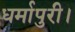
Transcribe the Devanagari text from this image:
धर्मापुरी।